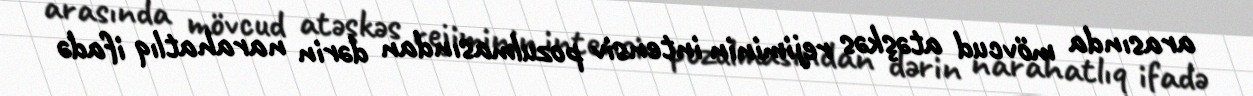
arasında mövcud atəşkəs rejiminin intensiv pozulmasından dərin narahatlıq ifadə